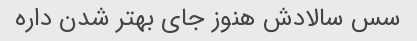
سس سالادش هنوز جای بهتر شدن داره